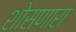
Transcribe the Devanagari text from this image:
शोसणारा